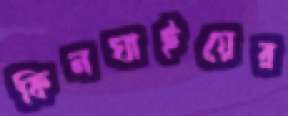
কিনঘাইয়ের